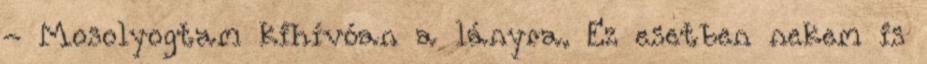
- Mosolyogtam kihívóan a lányra. Ez esetben nekem is